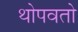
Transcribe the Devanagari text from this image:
थोपवतो